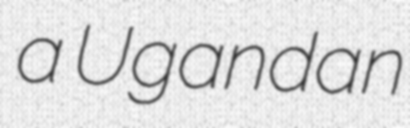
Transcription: a Ugandan